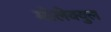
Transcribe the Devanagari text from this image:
मोलेक्युल